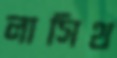
লাসিথ